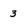
Character: 3